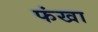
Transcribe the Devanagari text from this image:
फंखा